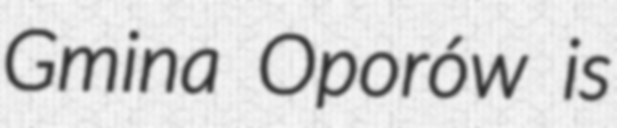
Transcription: Gmina Oporów is